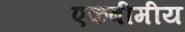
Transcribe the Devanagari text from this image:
एकबीमीय